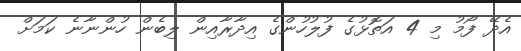
އެދޭ ފޯމު މި 4 އަތޮޅުގެ ފުލުހުންގެ އިދާރާއިން ލިބެން ހުންނާނެ ކަމަށް